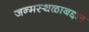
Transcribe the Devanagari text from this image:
जन्मस्थळाबद्दल